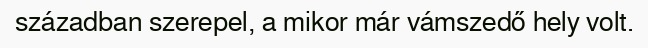
században szerepel, a mikor már vámszedő hely volt.